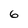
Character: 6